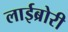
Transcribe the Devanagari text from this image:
लाईब्रोरी